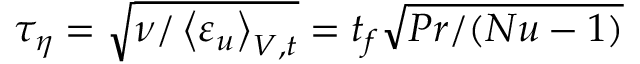
\tau _ { \eta } = \sqrt { \nu / \left\langle \varepsilon _ { u } \right\rangle _ { V , t } } = t _ { f } \sqrt { P r / ( N u - 1 ) }